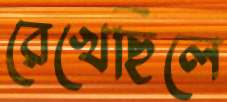
রেখেছিলে